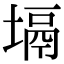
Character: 塥